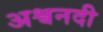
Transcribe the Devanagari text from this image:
अश्वनदी